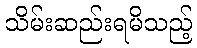
သိမ်းဆည်းရမိသည့်